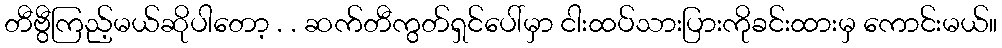
တီဗွီကြည့်မယ်ဆိုပါတော့ . . ဆက်တီကွတ်ရှင်ပေါ်မှာ ငါးထပ်သားပြားကိုခင်းထားမှ ကောင်းမယ်။